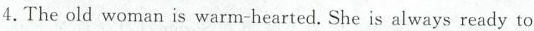
4.The old woman is warm-hearted. She is always ready to